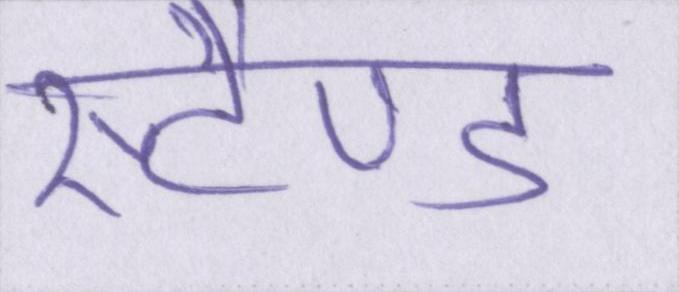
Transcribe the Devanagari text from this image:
स्टैण्ड